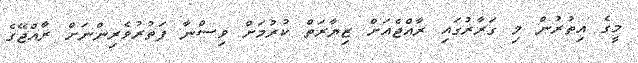
މީގެ އިތުރުން މި ގަރާރުގައި ރާއްޖެއަށް ޒިޔާރަތް ކުރުމަަށް ވިސްނާ ފަތުރުވެރިންނަށް ރާއްޖޭގެ